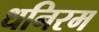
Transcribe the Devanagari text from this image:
धनिरम